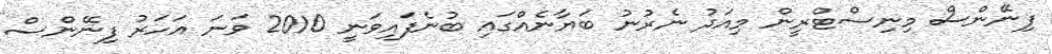
ފިނޭންސް މިނިސްޓްރީން މިއަދު ނެރުނު ބަޔާނެއްގައި ބުނެފައިވަނީ 2010 ވަނަ އަހަރު ފިނޭންސް